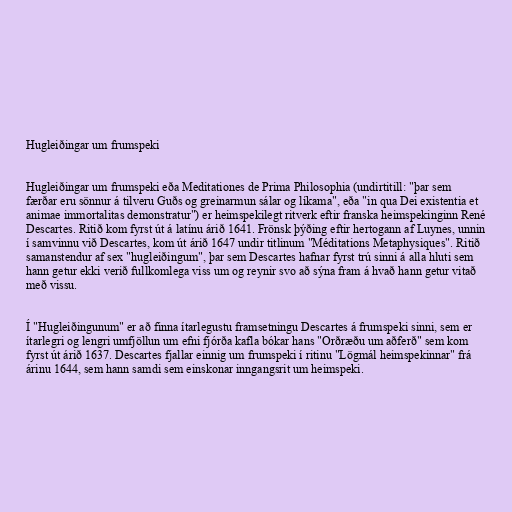
Hugleiðingar um frumspeki

Hugleiðingar um frumspeki eða Meditationes de Prima Philosophia (undirtitill: "þar sem
færðar eru sönnur á tilveru Guðs og greinarmun sálar og líkama", eða "in qua Dei existentia et
animae immortalitas demonstratur") er heimspekilegt ritverk eftir franska heimspekinginn René
Descartes. Ritið kom fyrst út á latínu árið 1641. Frönsk þýðing eftir hertogann af Luynes, unnin
í samvinnu við Descartes, kom út árið 1647 undir titlinum "Méditations Metaphysiques". Ritið
samanstendur af sex "hugleiðingum", þar sem Descartes hafnar fyrst trú sinni á alla hluti sem
hann getur ekki verið fullkomlega viss um og reynir svo að sýna fram á hvað hann getur vitað
með vissu.

Í "Hugleiðingunum" er að finna ítarlegustu framsetningu Descartes á frumspeki sinni, sem er
ítarlegri og lengri umfjöllun um efni fjórða kafla bókar hans "Orðræðu um aðferð" sem kom
fyrst út árið 1637. Descartes fjallar einnig um frumspeki í ritinu "Lögmál heimspekinnar" frá
árinu 1644, sem hann samdi sem einskonar inngangsrit um heimspeki.